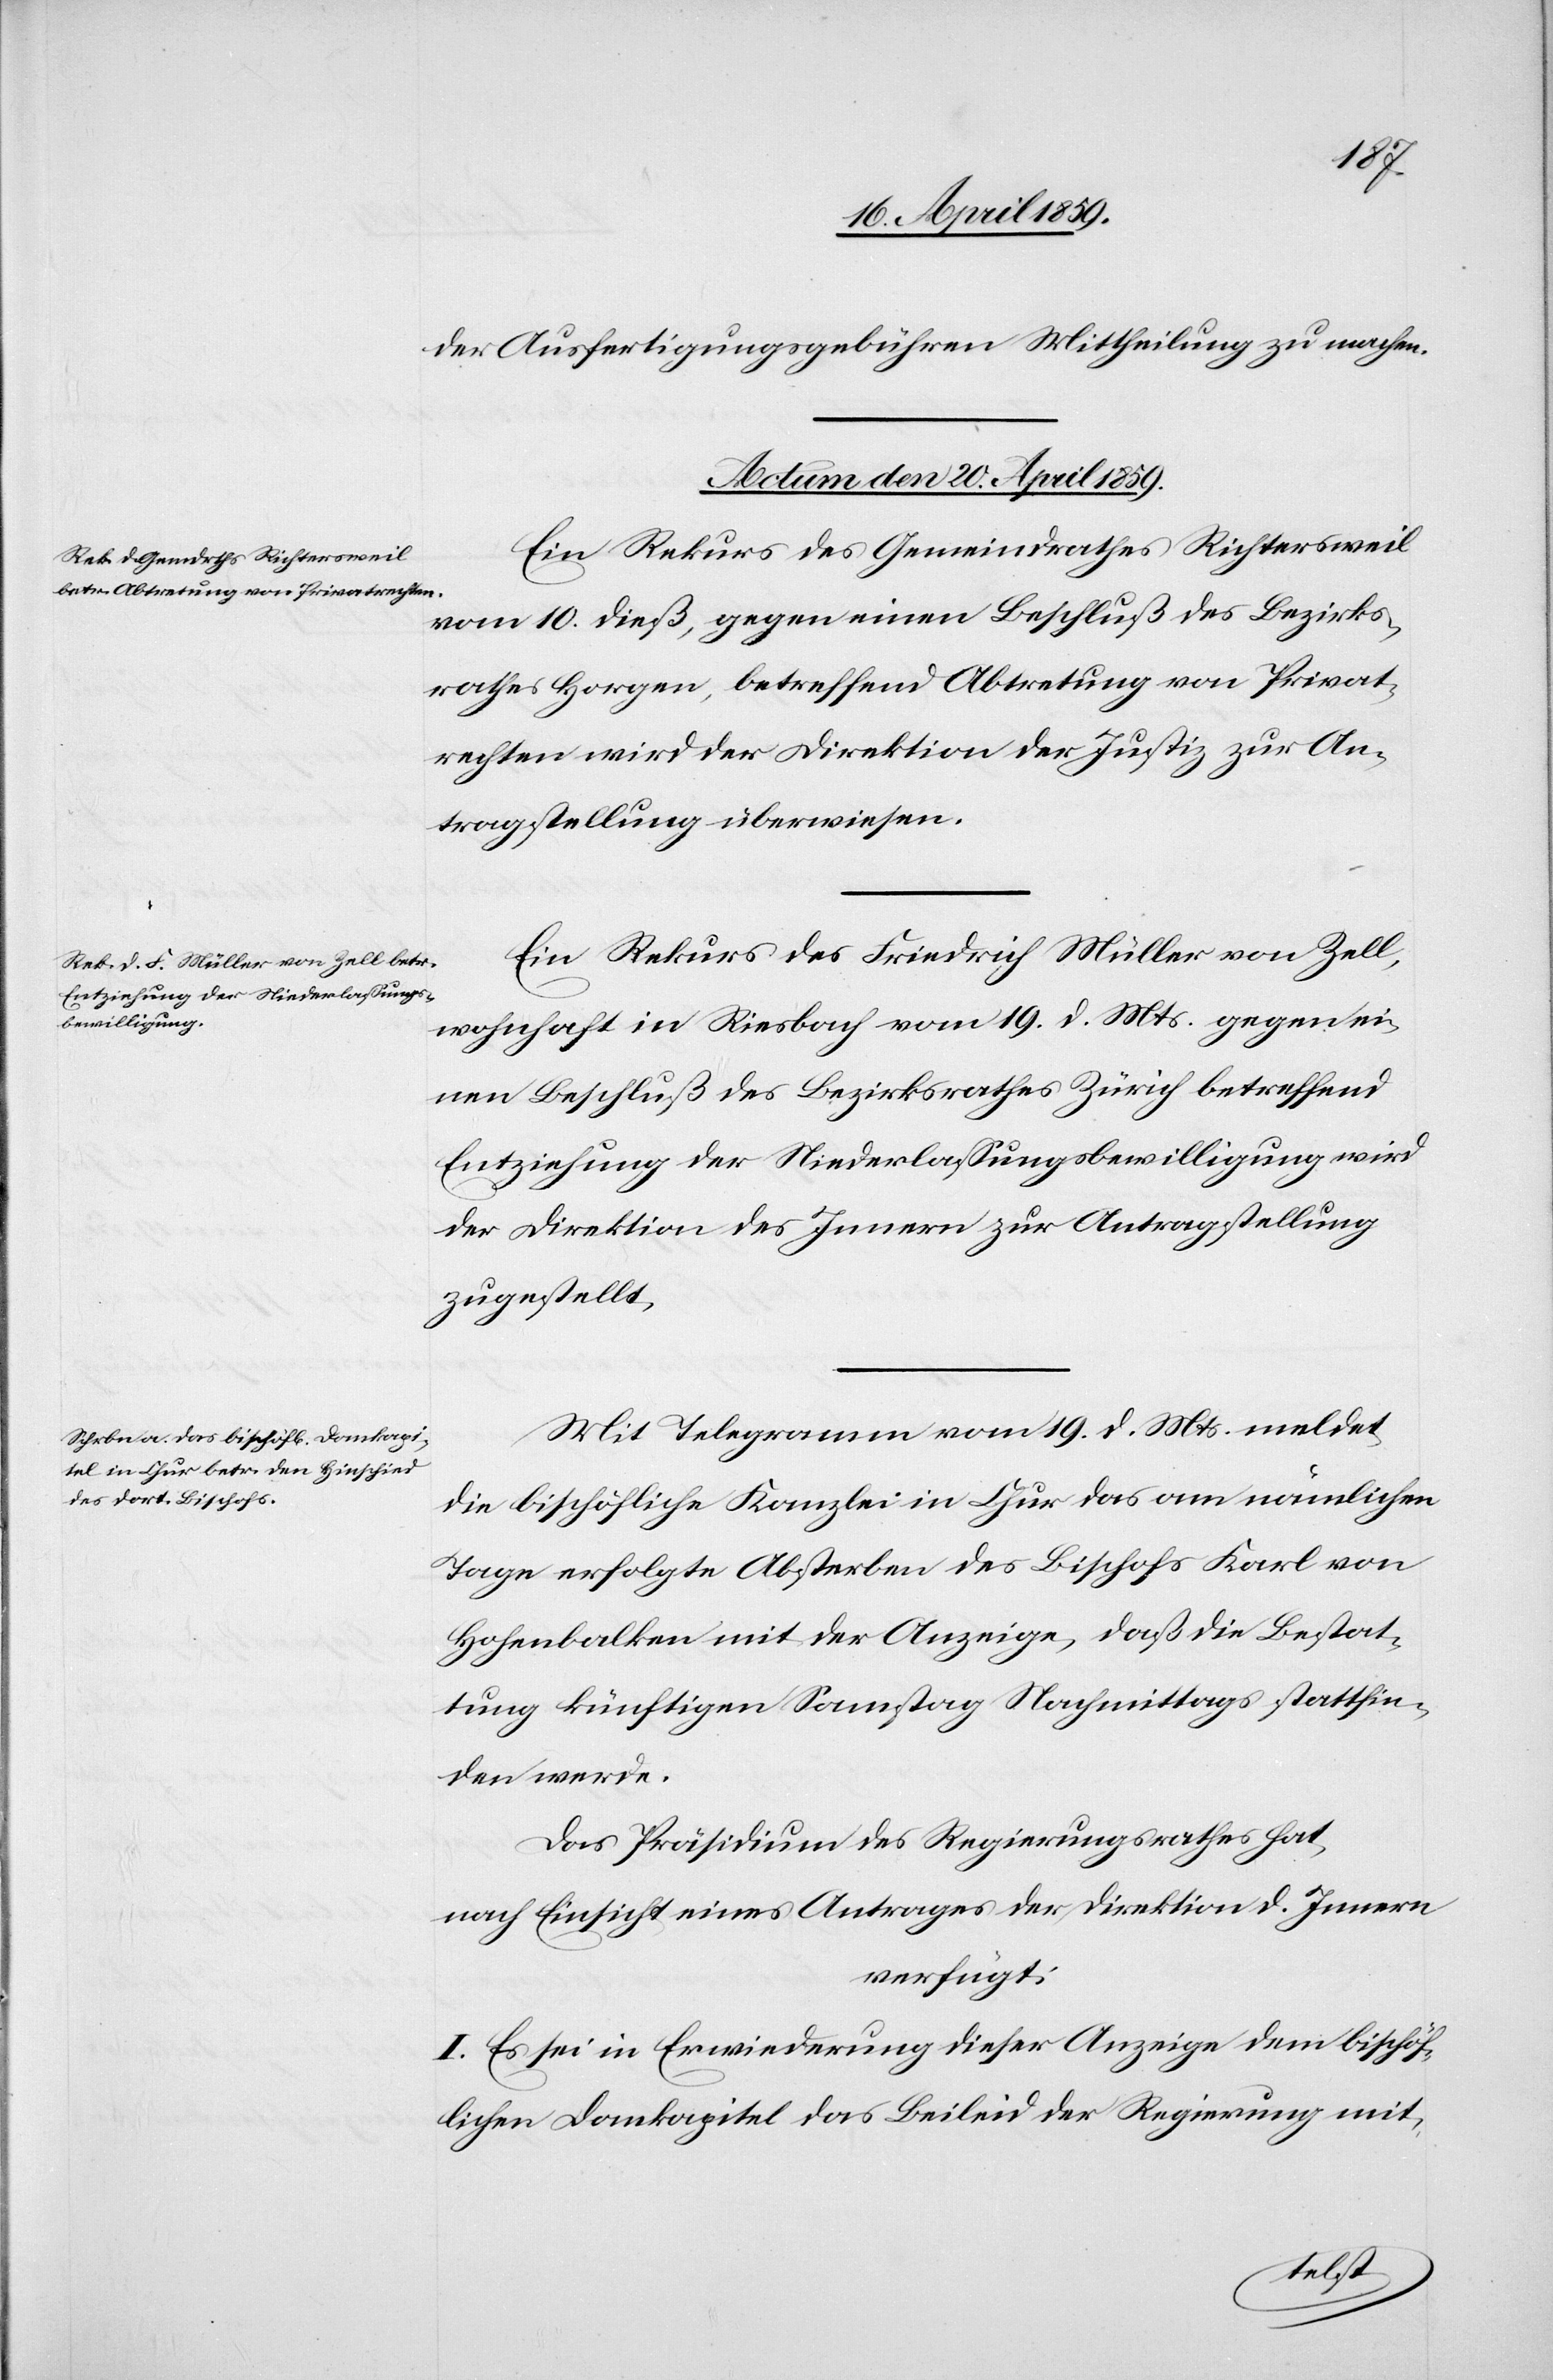
der Ausfertigungsgebühren Mittheilung zu machen.
Actum den 20. April 1859.]
Ein Rekurs des Gemeindrathes Richtersweil
vom 10. dieß, gegen einen Beschluß des Bezirks¬
rathes Horgen, betreffend Abtretung von Privat¬
rechten wird der Direktion der Justiz zur An¬
tragstellung überwiesen.
Ein Rekurs des Friedrich Müller von Zell,
wohnhaft in Riesbach vom 19. d. Mts. gegen ei¬
nen Beschluß des Bezirksrathes Zürich betreffend
Entziehung der Niederlaßungsbewilligung wird
der Direktion des Innern zur Antragstellung
zugestellt.
Mit Telegramm vom 19. d. Mts. meldet
die bischöfliche Kanzlei in Chur das am nämlichen
Tage erfolgte Absterben des Bischofs Karl von
Hohenbalken mit der Anzeige, daß die Bestat¬
tung künftigen Samstag Nachmittags stattfin¬
den werde.
Das Präsidium des Regierungsrathes hat,
nach Einsicht eines Antrages der Direktion d. Innern
verfügt:
I. Es sei in Erwiederung dieser Anzeige dem bischöf¬
lichen Domkapitel das Beileid der Regierung mit-